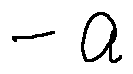
- a